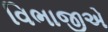
વિભાજીએ